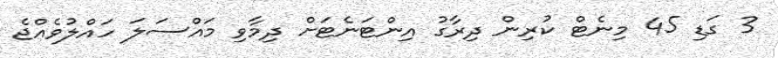
3 ގަޑި 45 މިނެޓް ކުރިން ދިރާގު އިންޓަނެޓަށް ދިމާވި މައްސަލަ ހައްލުވެއްޖެ